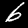
Label: 6